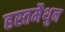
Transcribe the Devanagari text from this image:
हस्‍तमैथुन